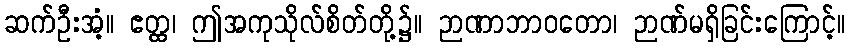
ဆက်ဦးအံ့။ ဧတ္ထ၊ ဤအကုသိုလ်စိတ်တို့၌။ ဉာဏာဘာဝတော၊ ဉာဏ်မရှိခြင်းကြောင့်။